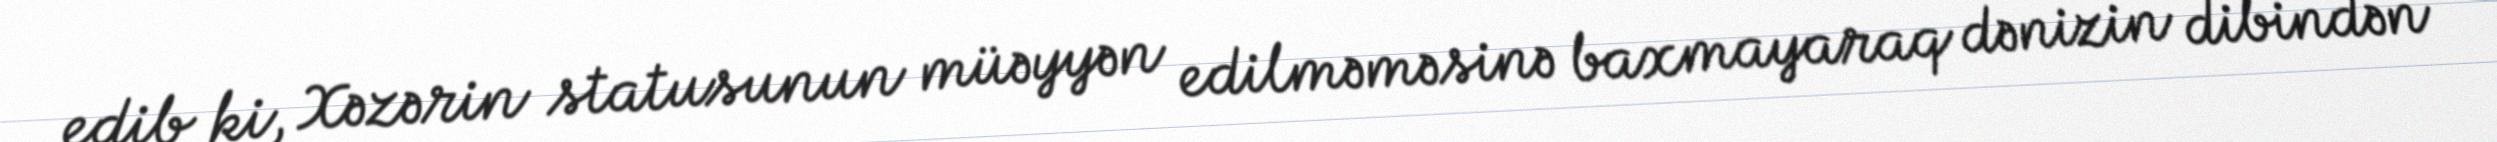
edib ki, Xəzərin statusunun müəyyən edilməməsinə baxmayaraq dənizin dibindən